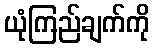
ယုံကြည်ချက်ကို